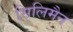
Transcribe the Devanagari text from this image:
सिलिमैन